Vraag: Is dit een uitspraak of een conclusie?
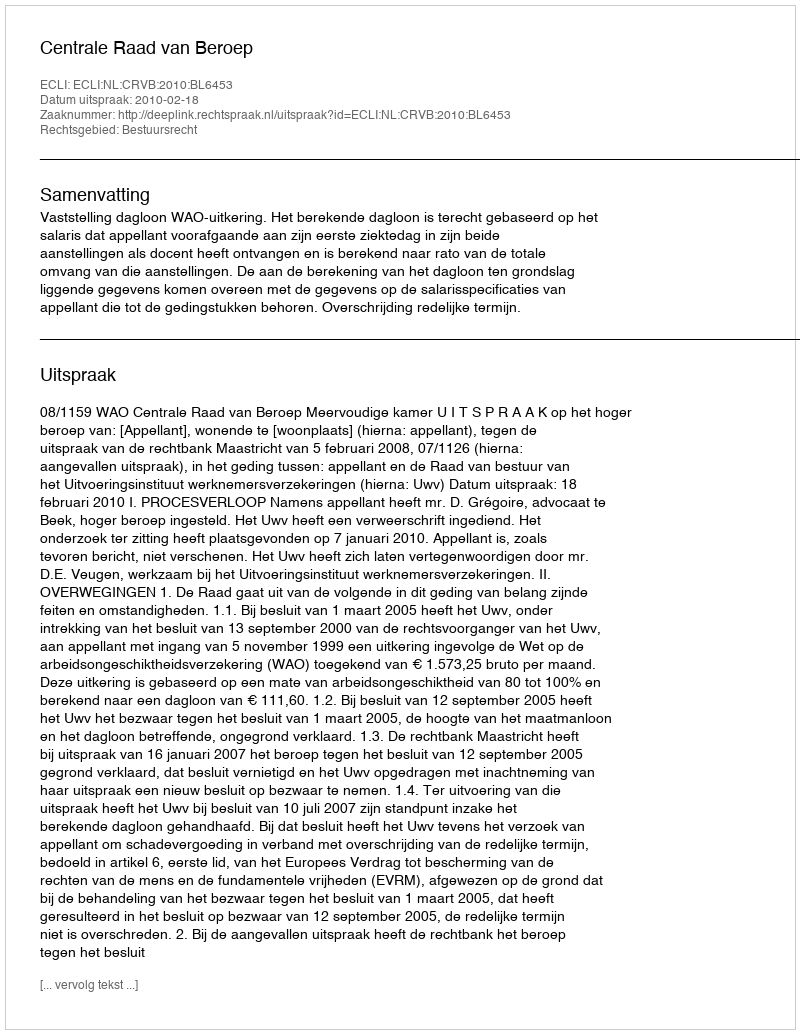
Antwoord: Uitspraak